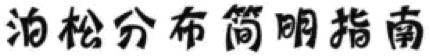
泊松分布简明指南